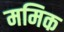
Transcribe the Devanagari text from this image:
ममिक